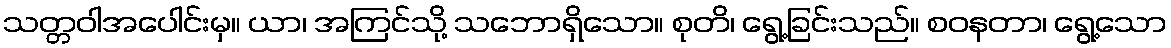
သတ္တဝါအပေါင်းမှ။ ယာ၊ အကြင်သို့ သဘောရှိသော။ စုတိ၊ ရွေ့ခြင်းသည်။ စဝနတာ၊ ရွေ့သော